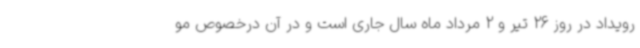
رویداد در روز 26 تیر و 2 مرداد ماه سال جاری است و در آن درخصوص مو